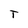
Character: T